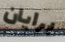
برايان